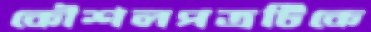
কৌশলপত্রটিকে